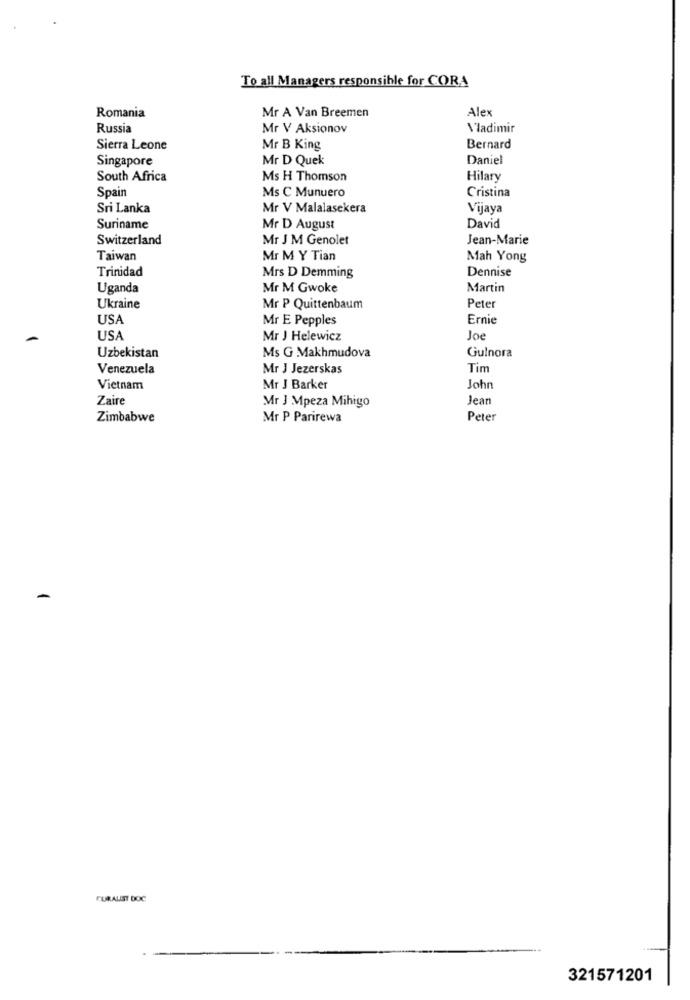
To all Managers responsible for CORA
Mr A Van Breemen
Alex
Romania
Russia
Mr V Aksionov
Vladimir
Sierra Leone
Mr B King
Bernard
Singapore
Mr D Quek
Daniel
South Africa
Ms H Thomson
Hilary
Spain
Cristina
Ms C Munuero
Sri Lanka
Mr V Malalasekera
Vijaya
Suriname
Mr D August
David
Switzerland
Mr J M Genolet
Jean-Marie
Taiwan
Mr M Y Tian
Mah Yong
Trinidad
Dennise
Mrs D Demming
Uganda
Mr M Gwoke
Martin
Ukraine
Mr P Quittenbaum
Peter
USA
Mr E Pepples
Ernie
USA
Mr J Helewicz
Joe
Gulnora
Uzbekistan
Ms G Makhmudova
Venezuela
Mr J Jezerskas
Tim
Vietnam
Mr J Barker
John
Zaire
Jean
Mr J Mpeza Mihigo
Zimbabwe
Mr P Parirewa
Peter
FURALIST DOC
321571201